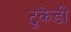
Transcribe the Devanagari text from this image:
टुकेडी